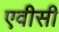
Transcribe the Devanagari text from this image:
एवीसी